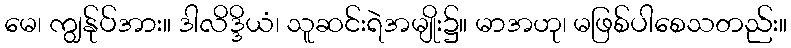
မေ၊ ကျွန်ုပ်အား။ ဒါလိဒ္ဒိယံ၊ သူဆင်းရဲအမျိုး၌။ မာအဟု၊ မဖြစ်ပါစေသတည်း။